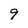
Character: 9